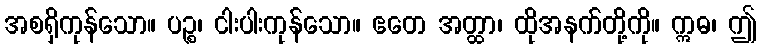
အစရှိကုန်သော။ ပဉ္စ၊ ငါးပါးကုန်သော။ ဧတေ အတ္ထာ၊ ထိုအနက်တို့ကို။ ဣဓ၊ ဤ